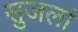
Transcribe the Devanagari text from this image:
सुजलां